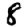
Digit: 8